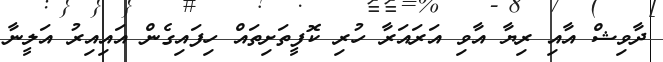
ދާވިޝް އާއި ރިޔާ އާވި އަރައަރާ ހުރި ކޮފީތަށިތައް ހިފައިގެން އައިއިރު އަލީނާ